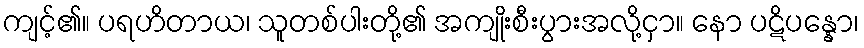
ကျင့်၏။ ပရဟိတာယ၊ သူတစ်ပါးတို့၏ အကျိုးစီးပွားအလို့ငှာ။ နော ပဋိပန္နော၊